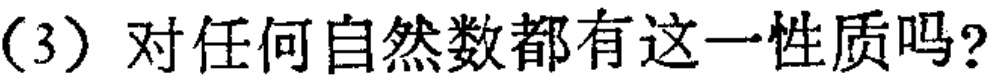
(3) 对任何自然数都有这一性质吗？